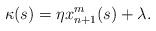
LaTeX: \begin{align*}\kappa(s)=\eta x_{n+1}^m(s)+\lambda.\end{align*}